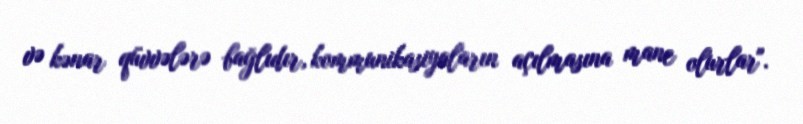
və kənar qüvvələrə bağlıdır, kommunikasiyaların açılmasına mane olurlar".